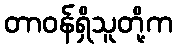
တာဝန်ရှိသူတို့က